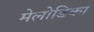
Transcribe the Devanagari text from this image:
मेलोडिका